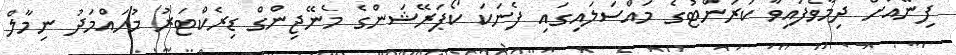
ފިނޭއަށް ދިމާވެފައިވާ ކަރަންޓުގެ މައްސަލައިގައި ފެނަކަ ކޯޕަރޭޝަންގެ މެނޭޖިންގް ޑިރެކްޓަރު މުހައްމަދު ނިމާލް